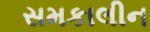
સમકાલીન